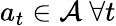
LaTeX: a_{t}\in\mathcal A\ \forall t